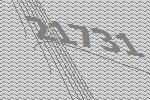
21731